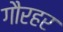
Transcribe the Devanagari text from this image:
गौरहर